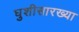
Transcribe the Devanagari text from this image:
घुशीसारख्या